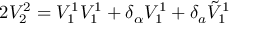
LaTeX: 2 V _ { 2 } ^ { 2 } = V _ { 1 } ^ { 1 } V _ { 1 } ^ { 1 } + \delta _ { \alpha } V _ { 1 } ^ { 1 } + \delta _ { a } \tilde { V } _ { 1 } ^ { 1 }